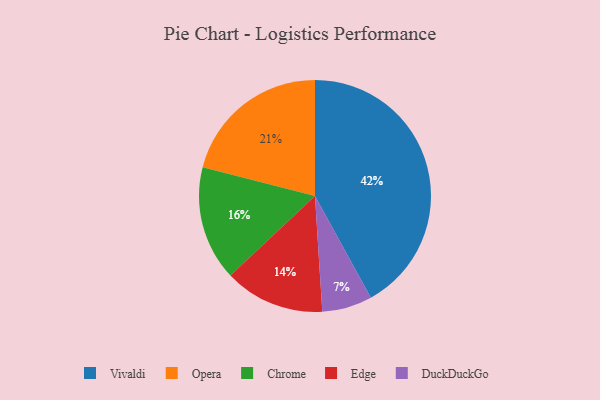
{"axis": {"x": "Category", "y": "Percentage"}, "legend": ["Chrome", "DuckDuckGo", "Edge", "Opera", "Vivaldi"], "data": [{"x": "Chrome", "y": 16, "type": "Chrome"}, {"x": "Opera", "y": 21, "type": "Opera"}, {"x": "Vivaldi", "y": 42, "type": "Vivaldi"}, {"x": "Edge", "y": 14, "type": "Edge"}, {"x": "DuckDuckGo", "y": 7, "type": "DuckDuckGo"}]}